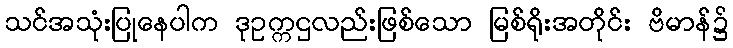
သင်အသုံးပြုနေပါက ဒုဥက္ကဌလည်းဖြစ်သော မြစ်ရိုးအတိုင်း ဗိမာန်၌